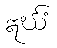
ဣင်္ဃံ